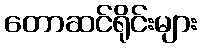
တောဆင်ရိုင်းများ